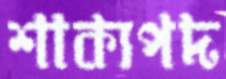
শাক্যপদ